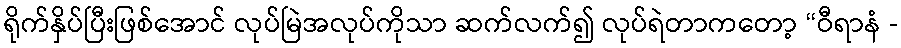
ရိုက်နှိပ်ပြီးဖြစ်အောင် လုပ်မြဲအလုပ်ကိုသာ ဆက်လက်၍ လုပ်ရဲတာကတော့ “ဝီရာနံ -